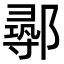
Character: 𨝻